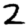
Digit: 2